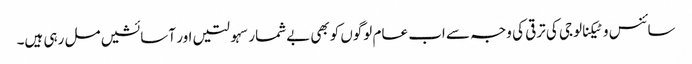
سائنس وٹیکنالوجی کی ترقی کی وجہ سے اب عام لوگوں کوبھی بےشمار سہولتیں اور آسائشیں مل رہی ہیں۔